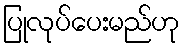
ပြုလုပ်ပေးမည်ဟု